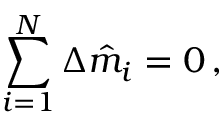
\sum _ { i = 1 } ^ { N } \Delta \hat { m } _ { i } = 0 \, ,